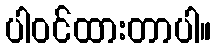
ပါဝင်ထားတာပါ။